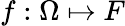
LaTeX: f:\Omega\mapsto F